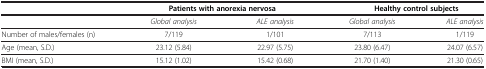
<table><thead><tr><td><b> </b></td><td colspan="2"><b>Patients with anorexia nervosa</b></td><td colspan="2"><b>Healthy control subjects</b></td></tr></thead><tbody><tr><td> </td><td><i>Global analysis</i></td><td><i>ALE analysis</i></td><td><i>Global analysis</i></td><td><i>ALE analysis</i></td></tr><tr><td>Number of males/females (n)</td><td>7/119</td><td>1/101</td><td>7/113</td><td>1/119</td></tr><tr><td>Age (mean, S.D.)</td><td>23.12 (5.84)</td><td>22.97 (5.75)</td><td>23.80 (6.47)</td><td>24.07 (6.57)</td></tr><tr><td>BMI (mean, S.D.)</td><td>15.12 (1.02)</td><td>15.42 (0.68)</td><td>21.70 (1.40)</td><td>21.30 (0.65)</td></tr></tbody></table>